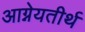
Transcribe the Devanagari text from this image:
आग्नेयतीर्थ